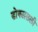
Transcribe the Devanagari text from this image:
डोक्यातली